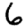
Digit: 6